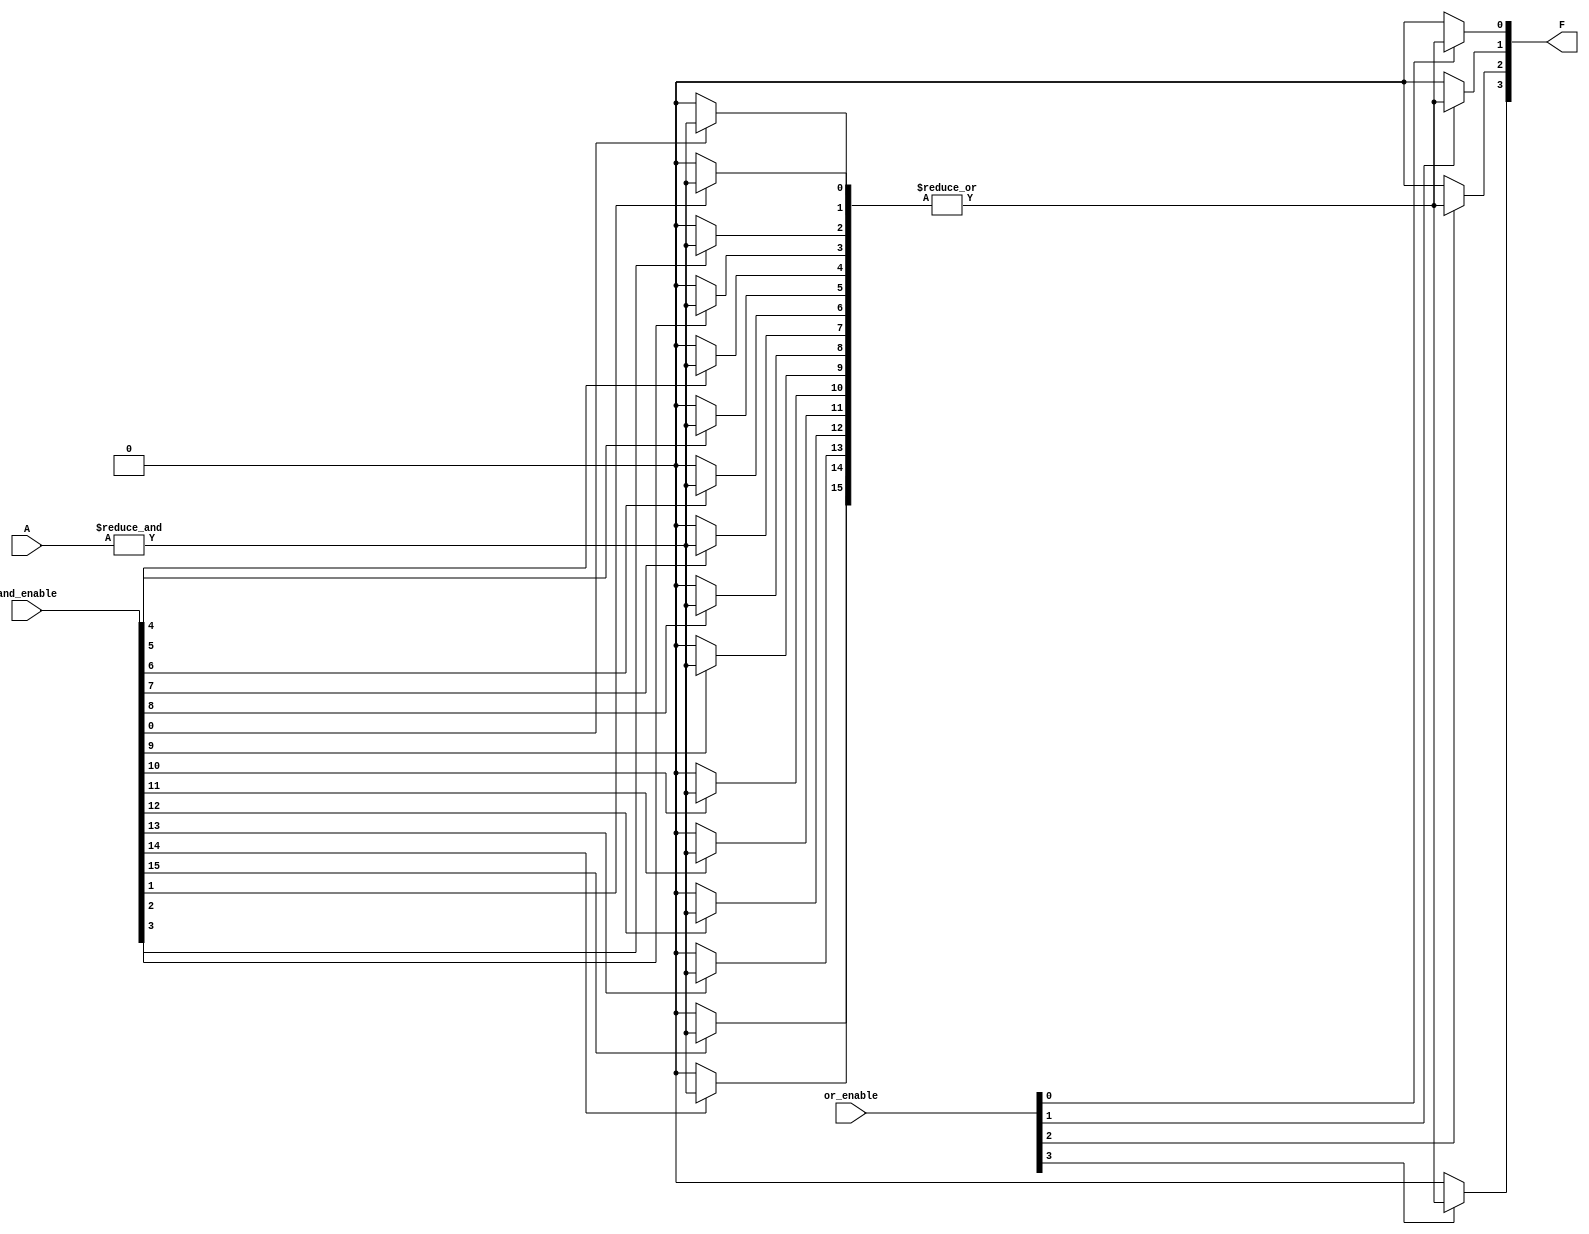
module SPAL #(
    parameter N = 8, // Number of input signals
    parameter M = 4, // Number of output signals
    parameter AND_COUNT = 16, // Number of AND gates
    parameter OR_COUNT = 4 // Number of OR gates
)(
    input wire [N-1:0] A, // Input signals
    input wire [AND_COUNT-1:0] and_enable, // Control signals for AND gates
    input wire [OR_COUNT-1:0] or_enable, // Control signals for OR gates
    output wire [M-1:0] F // Output signals
);

    // Programmable AND array
    wire [AND_COUNT-1:0] and_out; // Outputs of AND gates
    genvar i, j;

    // Generate AND gates
    generate
        for (i = 0; i < AND_COUNT; i = i + 1) begin : and_gate
            wire [N-1:0] and_inputs; // Inputs to each AND gate
            // Example configuration: each AND gate can be connected to any input
            assign and_inputs = A; // This should be replaced with actual connections based on configuration
            assign and_out[i] = and_enable[i] ? &and_inputs : 1'b0; // AND operation with enable
        end
    endgenerate

    // Programmable OR array
    wire [OR_COUNT-1:0] or_out; // Outputs of OR gates

    // Generate OR gates
    generate
        for (j = 0; j < OR_COUNT; j = j + 1) begin : or_gate
            wire [AND_COUNT-1:0] or_inputs; // Inputs to each OR gate
            // Example configuration: each OR gate can be connected to any AND gate output
            assign or_inputs = and_out; // This should be replaced with actual connections based on configuration
            assign or_out[j] = or_enable[j] ? |or_inputs : 1'b0; // OR operation with enable
        end
    endgenerate

    // Assign final outputs
    assign F = or_out[M-1:0]; // Select the first M outputs from the OR gates

endmodule